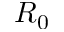
R _ { 0 }